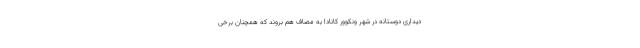
دیداری دوستانه در شهر ونکوور کانادا به مصاف هم بروند که همچنان برخی